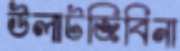
উলাটজিবিনা